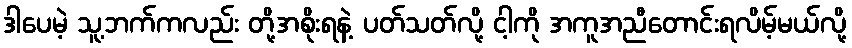
ဒါပေမဲ့ သူ့ဘက်ကလည်း တို့အစိုးရနဲ့ ပတ်သတ်လို့ ငါ့ကို အကူအညီတောင်းရလိမ့်မယ်လို့